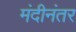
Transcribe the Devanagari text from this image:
मंदीनंतर